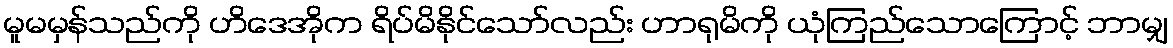
မူမမှန်သည်ကို ဟိဒေအိုက ရိပ်မိနိုင်သော်လည်း ဟာရုမိကို ယုံကြည်သောကြောင့် ဘာမျှ